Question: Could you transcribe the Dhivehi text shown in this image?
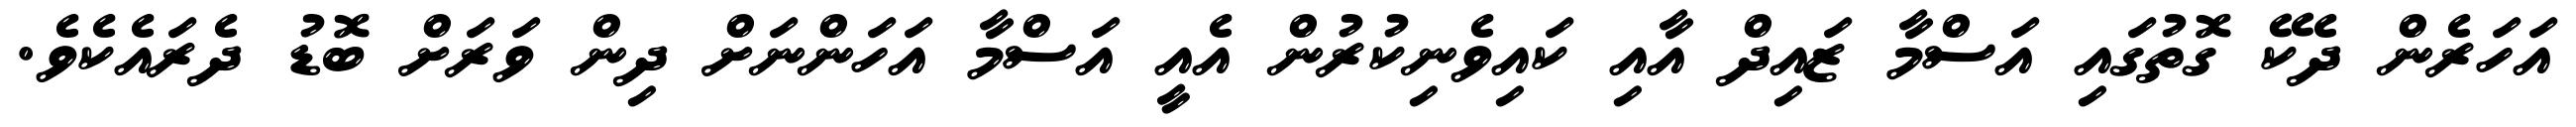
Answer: އަހަރެން ދެކޭ ގޮތުގައި އަސްމާ ޒައިދް އާއި ކައިވެނިކުރުން އެއީ އަސްމާ އަހަންނަށް ދިން ވަރަށް ބޮޑު ދެރައެކެވެ.